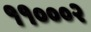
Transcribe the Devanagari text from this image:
११०००२